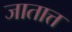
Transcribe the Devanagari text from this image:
जातात्त